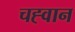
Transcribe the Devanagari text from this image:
चह्वान